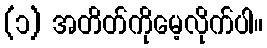
(၁) အတိတ်ကိုမေ့လိုက်ပါ။